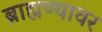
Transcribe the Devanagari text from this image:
ब्राह्मण्यावर